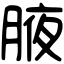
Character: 腋